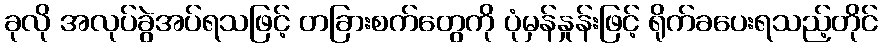
ခုလို အလုပ်ခွဲအပ်ရသဖြင့် တခြားစက်တွေကို ပုံမှန်နှုန်းဖြင့် ရိုက်ခပေးရသည့်တိုင်